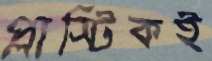
প্লাস্টিকই